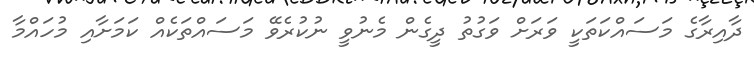
ދާއިރާގެ މަސައްކަތަކީ ވަރަށް ވަގުތު ދީގެން މެނުވީ ނުކުރެވޭ މަސައްތަކެއް ކަމަށާއި މުހައްމާ